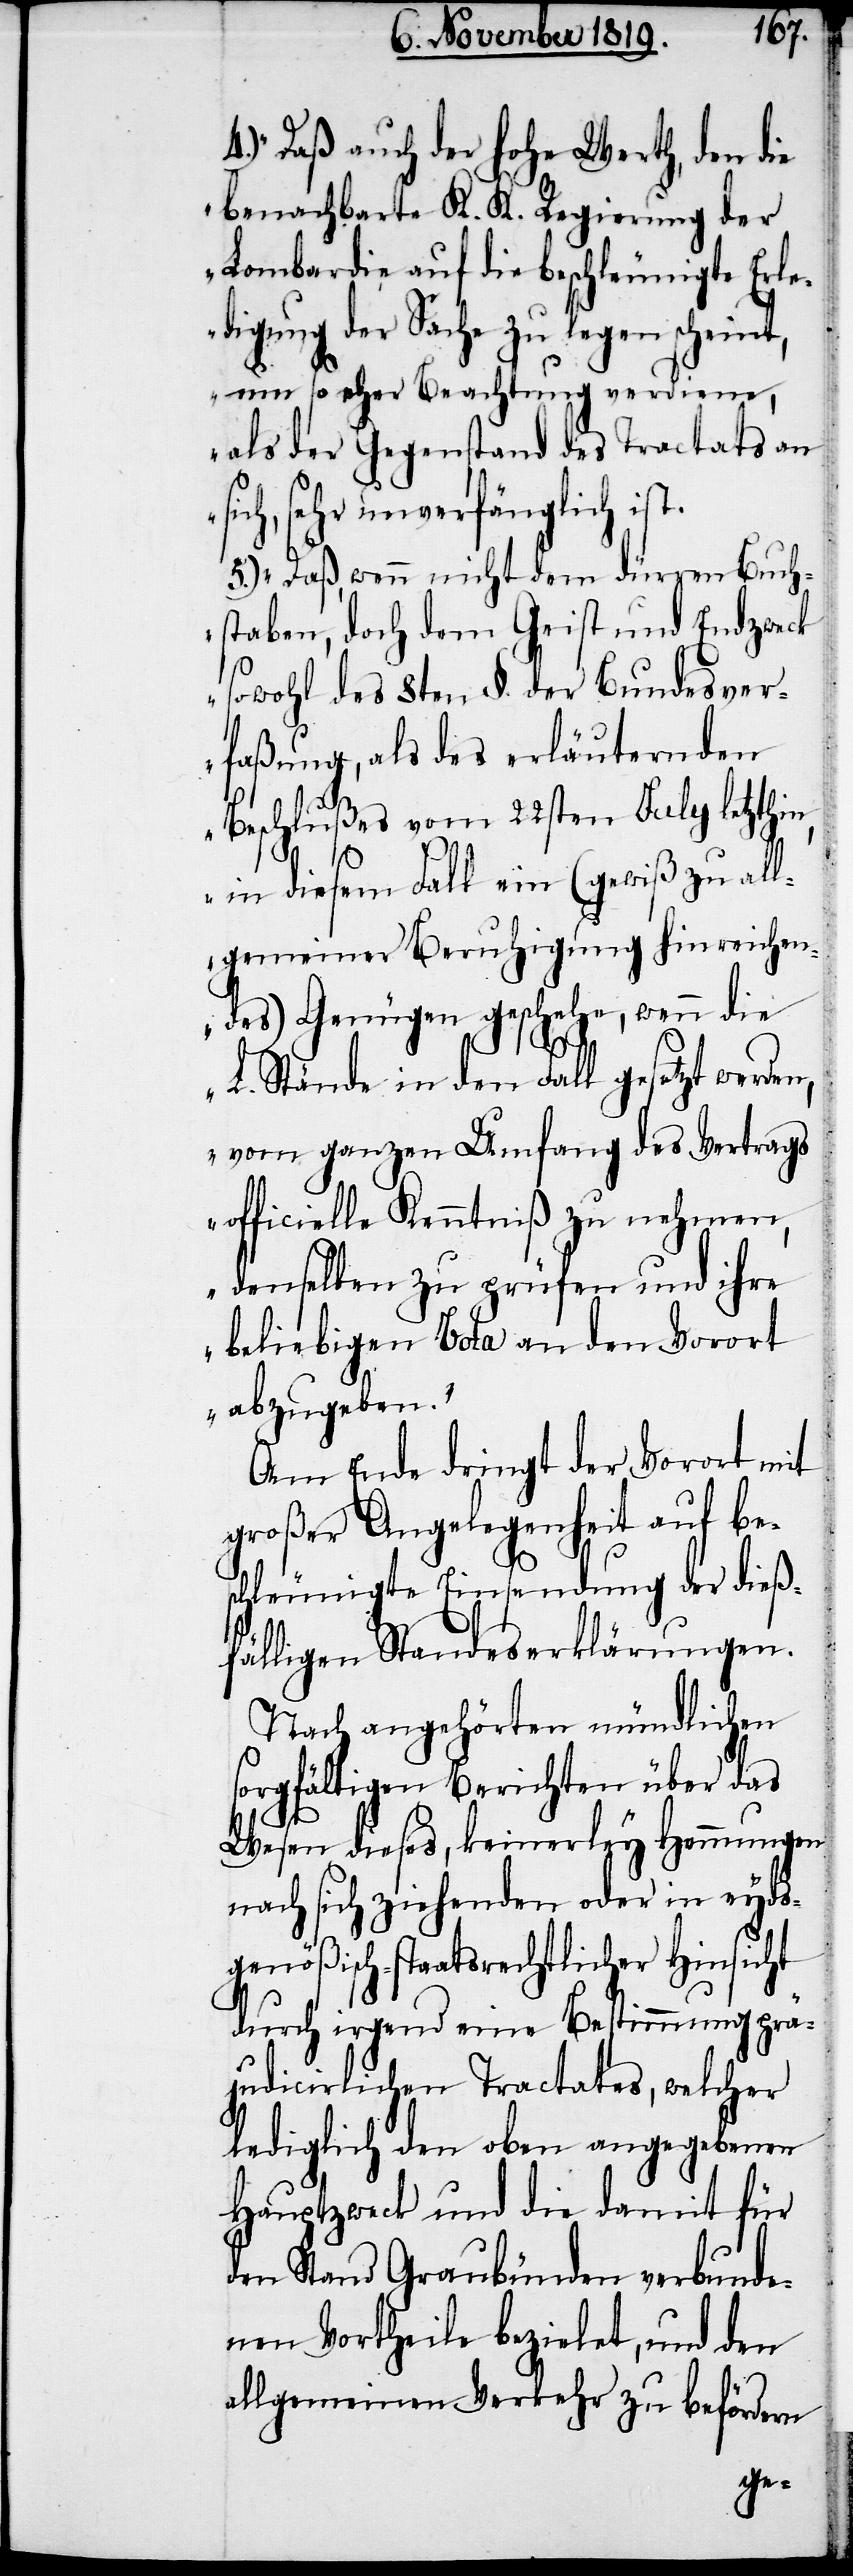
4.) Daß auch der hohe Werth, den die
benachbarte K. K. Regierung der
Lombardei auf die beschleunigte Erle¬
digung der Sache zu legen scheint,
um so eher Beachtung verdiene,
als der Gegenstand des Tractats an
sehr unverfänglich is¬
5.) Daß, wenn nicht dem dürren Buch¬
staben, doch dem Geist und Endzweck
sowohl des 8ten §. der Bundesver¬
faßung, als des erläuternden
Beschlußes vom 22sten July letzthin,
in diesem Fall ein (gewiß zu all¬
gemeiner Beruhigung hinreichen¬
des) Genügen geschehe, wenn die
n,
L. Stände in den Fall gesetzt werde¬
vom ganzen Umfang des Vertrags
officielle Kenntniß zu nehmen,
denselben zu prüfen und ihre
beliebigen Vota an den Vorort
abzugeben.“
Am Ende dringt der Vorort mit
großer Angelegenheit auf be¬
schleunigte Einsendung der dieß¬
fälligen Standeserklärungen.
Nach angehörten mündlichen
sorgfältigen Berichten über das
Wesen dieses, keinerley Hemmungen
nach sich ziehenden oder in eyds¬
genößisch-staatsrechtlicher Hinsicht
durch irgend eine Bestimmung prä¬
judicirlichen Tractates, welcher
lediglich den oben angegebenen
Hauptzweck und die damit für
den Stand Graubünden verbunde¬
nen Vortheile bezielet, und den
allgemeinen Verkehr zu befördern